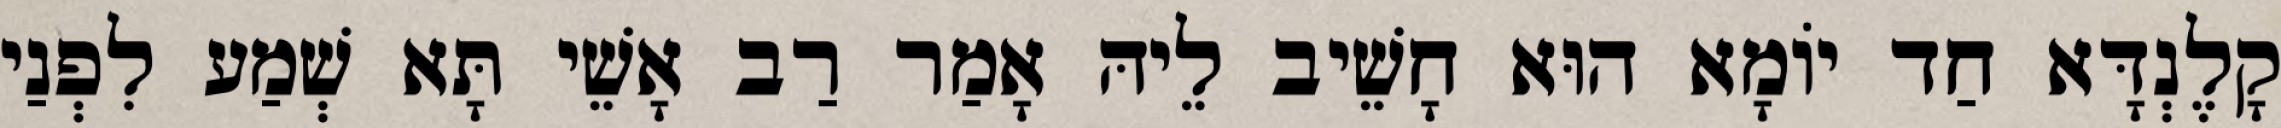
קָלֶנְדָּא חַד יוֹמָא הוּא חָשֵׁיב לֵיהּ אָמַר רַב אָשֵׁי תָּא שְׁמַע לִפְנַי